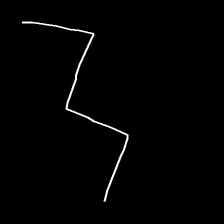
Glyph: crush